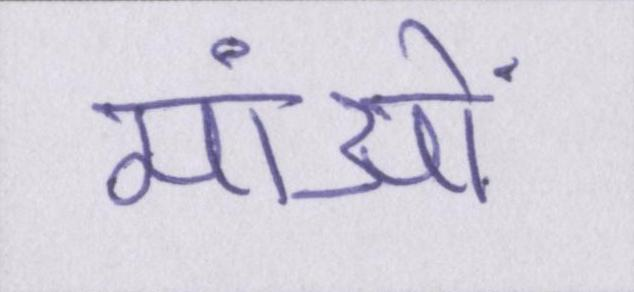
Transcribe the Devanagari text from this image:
मांओं